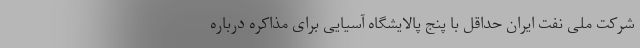
شرکت ملی نفت ایران حداقل با پنج پالایشگاه آسیایی برای مذاکره درباره